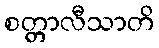
စတ္တာလီသာတိ